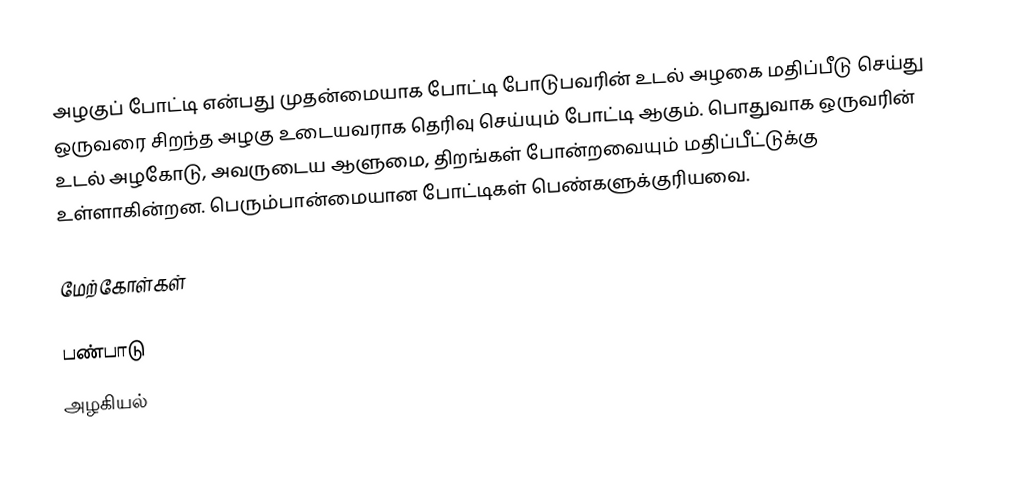
அழகுப் போட்டி என்பது முதன்மையாக போட்டி போடுபவரின் உடல் அழகை மதிப்பீடு செய்து ஒருவரை சிறந்த அழகு உடையவராக தெரிவு செய்யும் போட்டி ஆகும்.  பொதுவாக ஒருவரின் உடல் அழகோடு, அவருடைய ஆளுமை, திறங்கள் போன்றவையும் மதிப்பீட்டுக்கு உள்ளாகின்றன.  பெரும்பான்மையான போட்டிகள் பெண்களுக்குரியவை.

மேற்கோள்கள்

பண்பாடு
அழகியல்